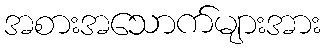
အစားအသောက်များအား